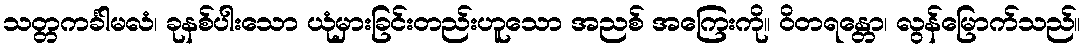
သတ္တကင်္ခါမလံ၊ ခုနစ်ပါးသော ယုံမှားခြင်းတည်းဟူသော အညစ် အကြေးကို။ ဝိတရန္တော၊ လွန်မြောက်သည်။